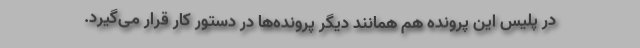
در پلیس این پرونده هم همانند دیگر پرونده‌ها در دستور کار قرار می‌گیرد.